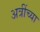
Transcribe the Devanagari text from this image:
अत्रींच्या